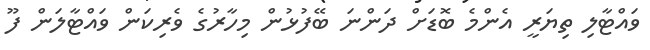
ވައްޓާލި ތިޔަރީ އެންމެ ބޮޑަށް ދަންނަ ބޭފުޅުން މިހާރުގެ ވެރިކަން ވައްޓާލަން ފޫ